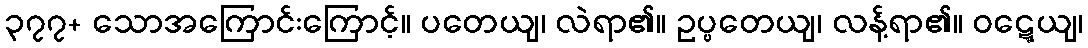
၃၇၇+ သောအကြောင်းကြောင့်။ ပတေယျ၊ လဲရာ၏။ ဥပ္ပတေယျ၊ လန့်ရာ၏။ ဝဋ္ဋေယျ၊